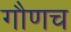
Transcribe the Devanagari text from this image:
गौणच